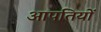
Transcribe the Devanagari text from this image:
आपतियों